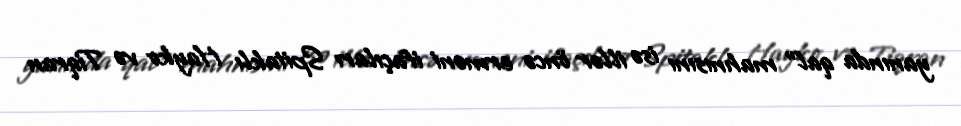
yanında qal” mahnısını isə illər öncə erməni ifaçıları Spitaklı Hayko və Tiqran